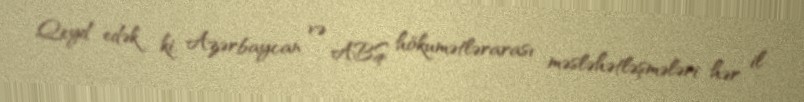
Qeyd edək ki, Azərbaycan və ABŞ hökumətlərarası məsləhətləşmələri hər il